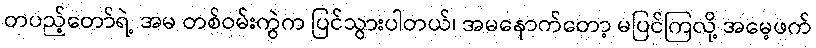
တပည့်တော်ရဲ့ အမ တစ်ဝမ်းကွဲက ပြင်သွားပါတယ်၊ အမနောက်တော့ မပြင်ကြလို့ အမေ့ဖက်